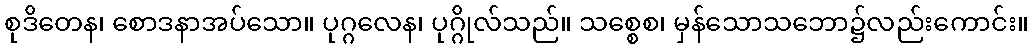
စုဒိတေန၊ စောဒနာအပ်သော။ ပုဂ္ဂလေန၊ ပုဂ္ဂိုလ်သည်။ သစ္စေစ၊ မှန်သောသဘော၌လည်းကောင်း။